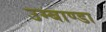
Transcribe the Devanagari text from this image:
उम्बाण्डा